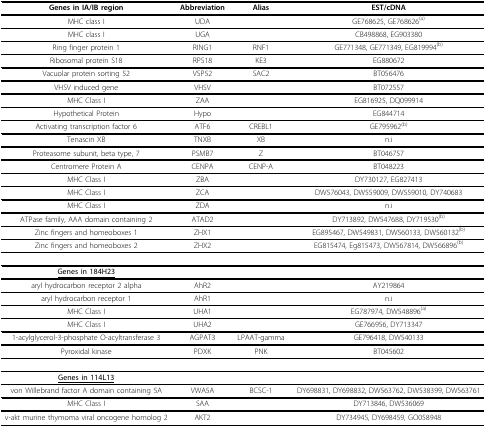
<table><thead><tr><td><b>Genes in IA/IB region</b></td><td><b>Abbreviation</b></td><td><b>Alias</b></td><td><b>EST/cDNA</b></td></tr></thead><tbody><tr><td>MHC class I</td><td>UDA</td><td></td><td>GE768625, GE768626<sup>(a)</sup></td></tr><tr><td>MHC class I</td><td>UGA</td><td></td><td>CB498868, EG903380</td></tr><tr><td>Ring finger protein 1</td><td>RING1</td><td>RNF1</td><td>GE771348, GE771349, EG819994<sup>(b)</sup></td></tr><tr><td>Ribosomal protein S18</td><td>RPS18</td><td>KE3</td><td>EG880672</td></tr><tr><td>Vacuolar protein sorting 52</td><td>VSP52</td><td>SAC2</td><td>BT056476</td></tr><tr><td>VHSV induced gene</td><td>VHSV</td><td></td><td>BT072557</td></tr><tr><td>MHC Class I</td><td>ZAA</td><td></td><td>EG816925, DQ099914</td></tr><tr><td>Hypothetical Protein</td><td>Hypo</td><td></td><td>EG844714</td></tr><tr><td>Activating transcription factor 6</td><td>ATF6</td><td>CREBL1</td><td>GE795962<sup>(b)</sup></td></tr><tr><td>Tenascin XB</td><td>TNXB</td><td>XB</td><td>n.i</td></tr><tr><td>Proteasome subunit, beta type, 7</td><td>PSMB7</td><td>Z</td><td>BT046757</td></tr><tr><td>Centromere Protein A</td><td>CENPA</td><td>CENP-A</td><td>BT048223</td></tr><tr><td>MHC Class I</td><td>ZBA</td><td></td><td>DY730127, EG827413</td></tr><tr><td>MHC Class I</td><td>ZCA</td><td></td><td>DW576043, DW559009, DW559010, DY740683</td></tr><tr><td>MHC Class I</td><td>ZDA</td><td></td><td>n.i</td></tr><tr><td>ATPase family, AAA domain containing 2</td><td>ATAD2</td><td></td><td>DY713892, DW547688, DY719530<sup>(b)</sup></td></tr><tr><td>Zinc fingers and homeoboxes 1</td><td>ZHX1</td><td></td><td>EG895467, DW549831, DW560133, DW560132<sup>(b)</sup></td></tr><tr><td>Zinc fingers and homeoboxes 2</td><td>ZHX2</td><td></td><td>EG815474, Eg815473, DW567814, DW566896<sup>(b)</sup></td></tr><tr><td><b><underline>Genes in 184H23</underline></b></td><td></td><td></td><td></td></tr><tr><td>aryl hydrocarbon receptor 2 alpha</td><td>AhR2</td><td></td><td>AY219864</td></tr><tr><td>aryl hydrocarbon receptor 1</td><td>AhR1</td><td></td><td>n.i</td></tr><tr><td>MHC Class I</td><td>UHA1</td><td></td><td>EG787974, DW548896<sup>(a)</sup></td></tr><tr><td>MHC Class I</td><td>UHA2</td><td></td><td>GE766956, DY713347</td></tr><tr><td>1-acylglycerol-3-phosphate O-acyltransferase 3</td><td>AGPAT3</td><td>LPAAT-gamma</td><td>GE796418, DW540133</td></tr><tr><td>Pyroxidal kinase</td><td>PDXK</td><td>PNK</td><td>BT045602</td></tr><tr><td><b><underline>Genes in 114L13</underline></b></td><td></td><td></td><td></td></tr><tr><td>von Willebrand factor A domain containing 5A</td><td>VWA5A</td><td>BCSC-1</td><td>DY698831, DY698832, DW563762, DW538399, DW563761</td></tr><tr><td>MHC Class I</td><td>SAA</td><td></td><td>DY713846, DW536069</td></tr><tr><td>v-akt murine thymoma viral oncogene homolog 2</td><td>AKT2</td><td></td><td>DY734945, DY698459, GO058948</td></tr></tbody></table>